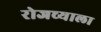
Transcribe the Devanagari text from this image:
रोजच्याला